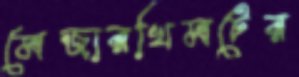
মেজারখিমটের